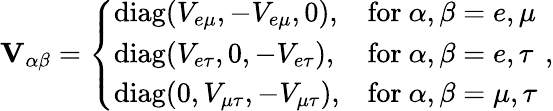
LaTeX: \mathbf{V}_{\alpha\beta}=\left\{ \begin{array}{ll}{\mathrm{diag}(V_{e\mu},-V_{e\mu},0),}&{\mathrm{for}~\alpha,\beta=e,\mu}\\ {\mathrm{diag}(V_{e\tau},0,-V_{e\tau}),}&{\mathrm{for}~\alpha,\beta=e,\tau}\\ {\mathrm{diag}(0,V_{\mu\tau},-V_{\mu\tau}),}&{\mathrm{for}~\alpha,\beta=\mu,\tau}\end{array}\right.\; ,